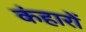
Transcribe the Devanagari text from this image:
कंहारों